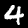
Label: 4